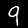
Digit: 9